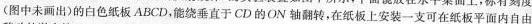
(图中未画出)的白色纸板ABCD，能绕垂直于CD的ON轴翻转，在纸板上安装一支可在纸板平面内自由